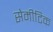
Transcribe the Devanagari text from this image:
सेमीटिक